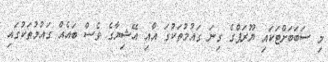
މި ސަބަބަށްޓަކައި ޔޫރަޕްގެ ގިނަ ގައުމުތަކުގަ އާއި އޭޝިޔާގެ ވެސް ބައެއް ގައުމުތަކުގައި